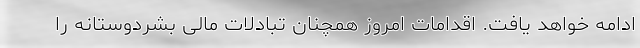
ادامه خواهد یافت‌. اقدامات امروز همچنان تبادلات مالی بشردوستانه را